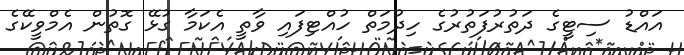
އައްޑު ސިޓީގެ ދަތުރުފަތުރުގެ ހިދުމަތް ހުއްޓިފައި ވާތީ އެކަމާ ގުޅޭ ގޮތުން އެމްވީކޭގެ